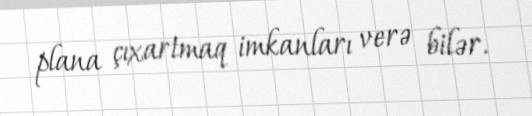
plana çıxartmaq imkanları verə bilər.